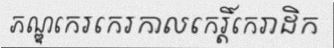
ភណ្ឌកេរកេរកាលកេរ្តិ៍កេរាដិក